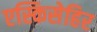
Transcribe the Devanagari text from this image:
एस्किसेहिर